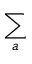
\sum _ { a }